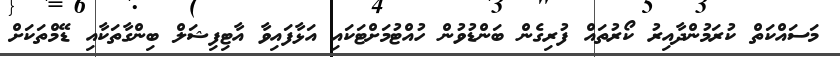
މަސައްކަތް ކުރަމުންދާއިރު ކޯރުތައް ފުރިގެން ބަންޑުވުން ހުއްޓުމަށްޓަކައި އަޅާފައިވާ އާޓިފިޝަލް ބިންގާތަކާއި ޑޭމްތަކަށް